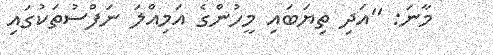
މާނަ: ''އަދި ތިޔަބައި މީހުންގެ އަމިއްލަ ނަފްސުތަކުގައި